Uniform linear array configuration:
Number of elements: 4
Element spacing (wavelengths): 0.75
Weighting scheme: hamming
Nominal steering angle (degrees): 45
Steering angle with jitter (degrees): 45.351
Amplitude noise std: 0.05
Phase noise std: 0.05

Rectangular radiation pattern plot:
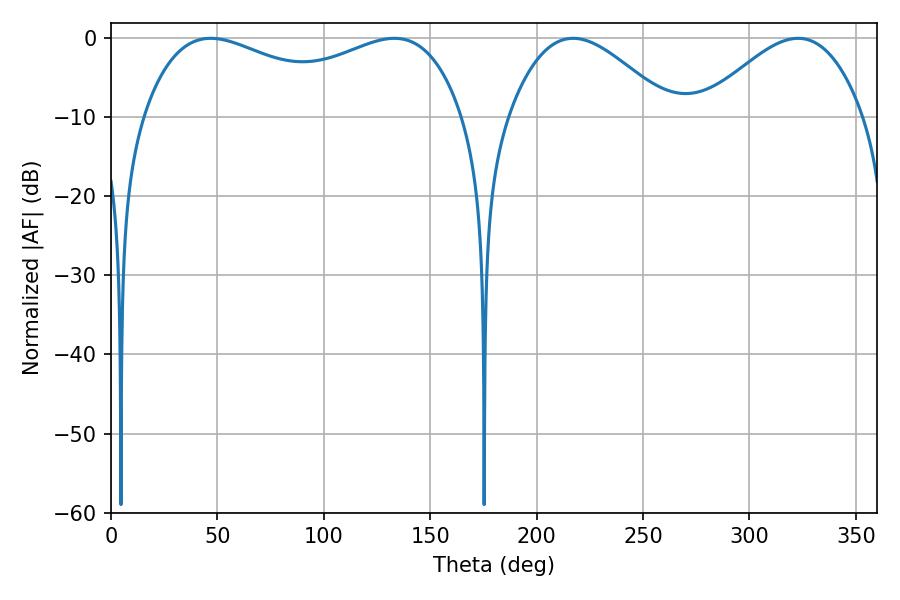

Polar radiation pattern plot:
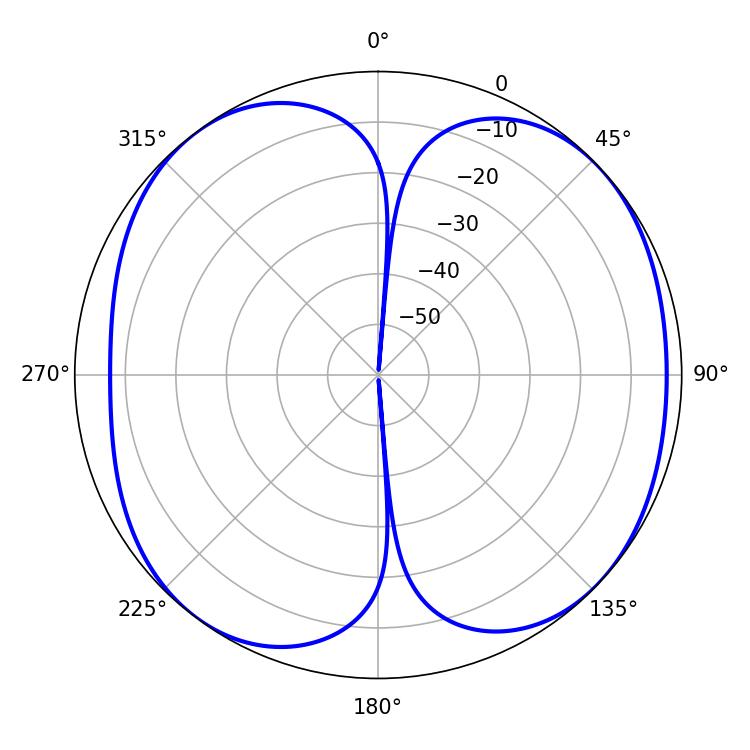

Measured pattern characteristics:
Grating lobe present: TRUE
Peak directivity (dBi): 7.996
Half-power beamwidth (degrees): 124.56
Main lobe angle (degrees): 46.8